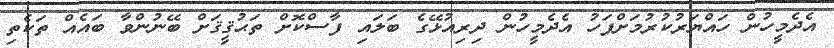
އެދެމީހުން ހައްޔަރުކުރުމަށްފަހު އެދެމީހުން ދިރިއުޅޭގެ ބަލައި ފާސްކޮށް ތަޙުޤީޤަށް ބޭނުންވާ ބައެއް ތަކެތި